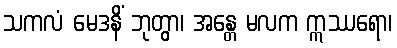
သကလံ မေဒနိံ ဘုတွာ၊ အန္တေ မလက ဣဿရော၊